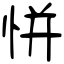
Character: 恲